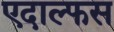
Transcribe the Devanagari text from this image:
एदाल्फस